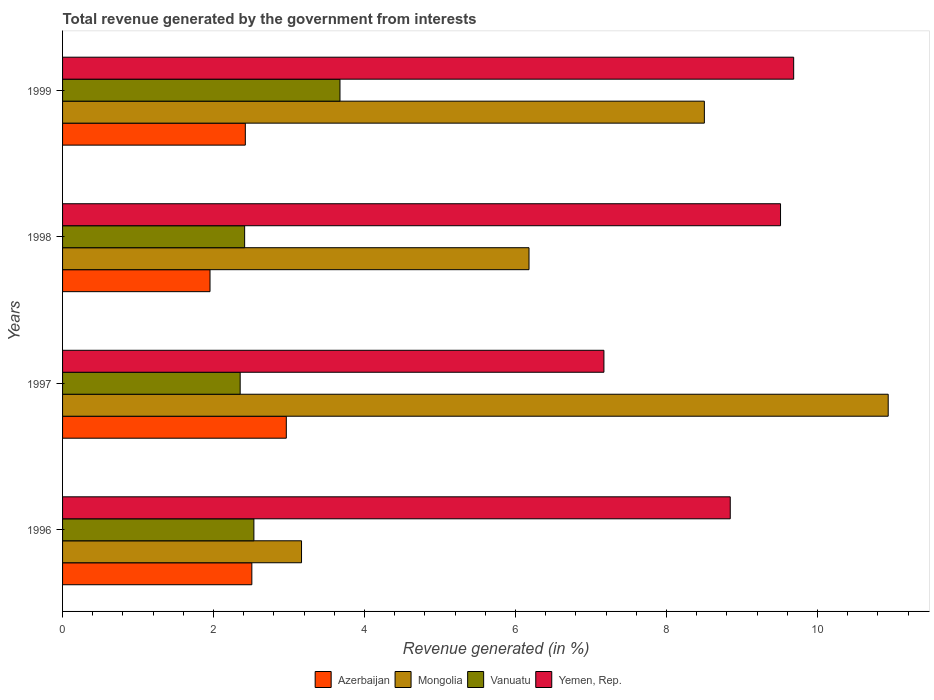
| Years | Azerbaijan | Mongolia | Vanuatu | Yemen, Rep. |
 | --- | --- | --- | --- | --- |
 | 1996 | 2.51 | 3.17 | 2.53 | 8.85 |
 | 1997 | 2.96 | 10.9 | 2.35 | 7.17 |
 | 1998 | 1.95 | 6.18 | 2.41 | 9.51 |
 | 1999 | 2.42 | 8.5 | 3.68 | 9.69 |